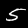
Label: 5